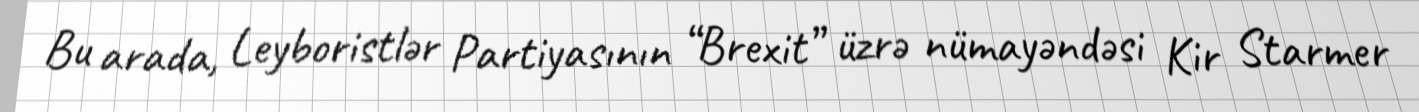
Bu arada, Leyboristlər Partiyasının “Brexit” üzrə nümayəndəsi Kir Starmer